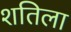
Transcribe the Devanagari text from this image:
शतिला